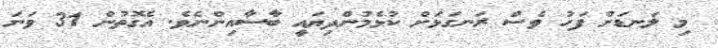
މި ލަނޑަށް ފަހު ވެސް ރަނގަޅަށް ކުޅެމުންދިޔައީ ބާސާއިންނެވެ. އެގޮތުން 31 ވަނަ